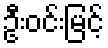
ဦးဝင်းမြင့်